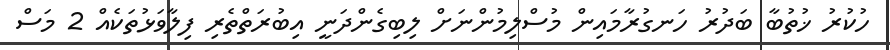
ހުކުރު ޚުތުބާ ބަދުރު ހަނގުރާމައިން މުސްލިމުންނަށް ލިބިގެންދަނީ އިބުރަތްތެރި ފިލާވަޅުތަކެއް 2 މަސް